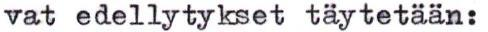
vat edellytykset täytetään: